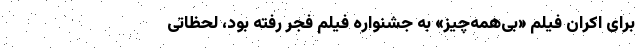
برای اکران فیلم «بی‌همه‌چیز» به جشنواره فیلم فجر رفته بود، لحظاتی